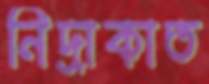
নিদ্রাকাত